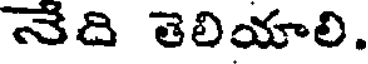
నేది తెలియాలి.